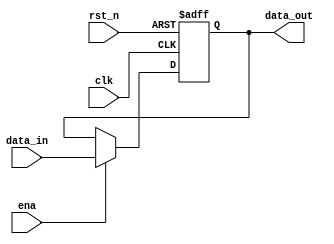

module dffl #(parameter DW = 32)(
input  [DW-1:0] data_in,
input  ena,
output [DW-1:0] data_out,

input clk,
input rst_n
);

reg  [DW-1:0] data_out_r;
always @(posedge clk or negedge rst_n) begin
    if(!rst_n) begin
        data_out_r <= 'b0;
    end
    else if(ena) 
        data_out_r <= data_in;
    else
        data_out_r <= data_out_r;
end

assign data_out = data_out_r;

endmodule